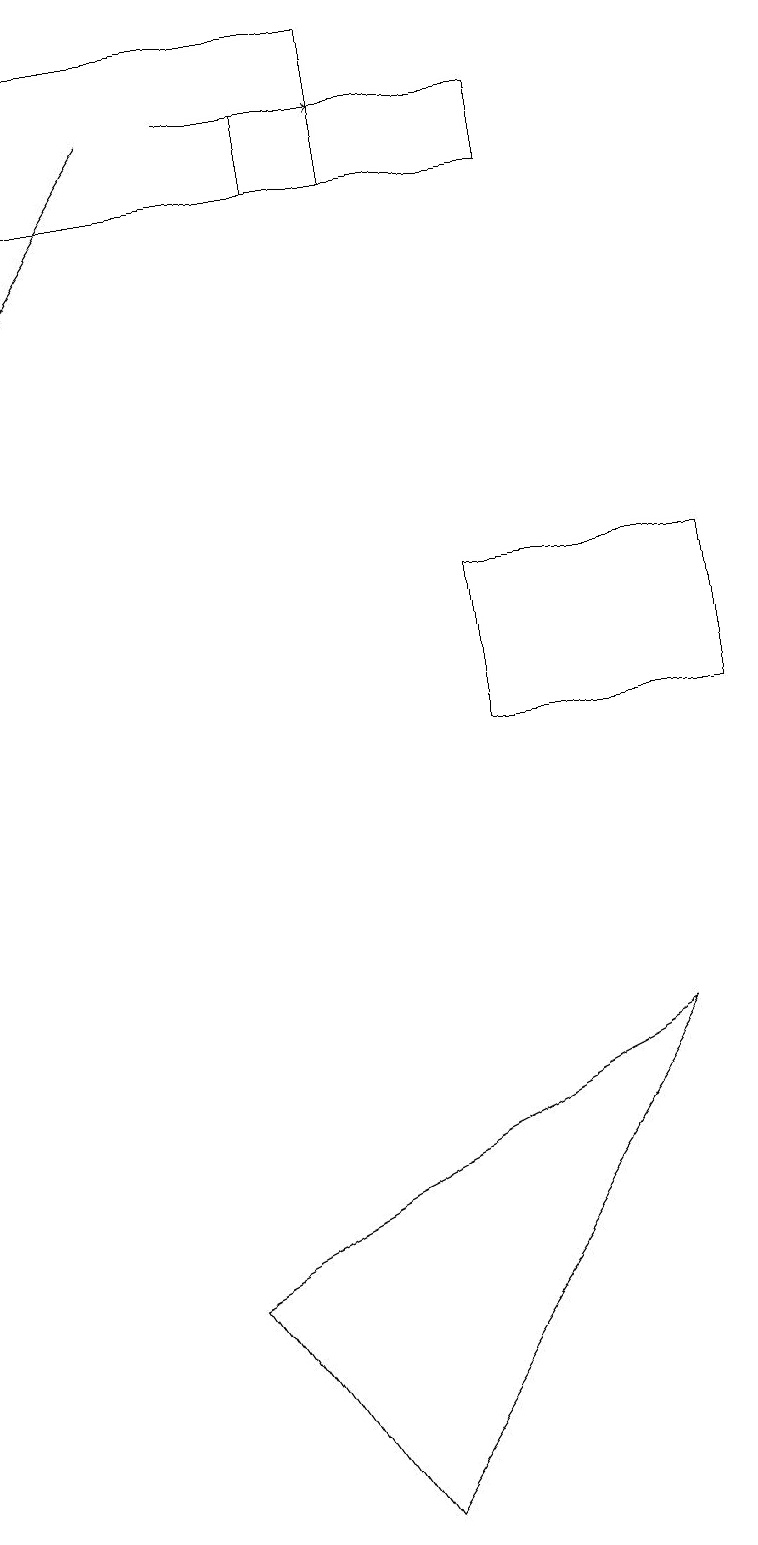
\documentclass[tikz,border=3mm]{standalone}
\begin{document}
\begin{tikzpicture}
\draw[->] (3,18) -- (5,18);
\draw (7,18) rectangle (4,17);
\draw (5,17) rectangle (0,19);
\draw (6,12) rectangle (9,10);
\draw (8,6) -- (2,3) -- (4,0) -- cycle;
\draw[->] (2,18) -- (0,15);
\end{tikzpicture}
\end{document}